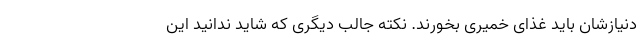
دنیازشان باید غذای خمیری بخورند. نکته جالب دیگری که شاید ندانید این